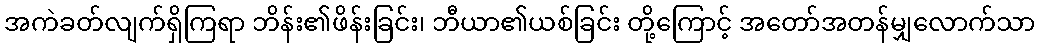
အကဲခတ်လျက်ရှိကြရာ ဘိန်း၏ဖိန်းခြင်း၊ ဘီယာ၏ယစ်ခြင်း တို့ကြောင့် အတော်အတန်မျှလောက်သာ